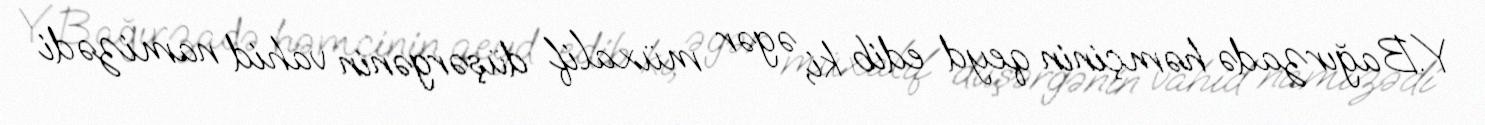
Y.Bağırzadə həmçinin qeyd edib ki, əgər müxalif düşərgənin vahid namizədi